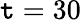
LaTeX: \mathtt{t}=30